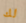
لك